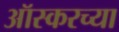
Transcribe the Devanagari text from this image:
ऑस्करच्या